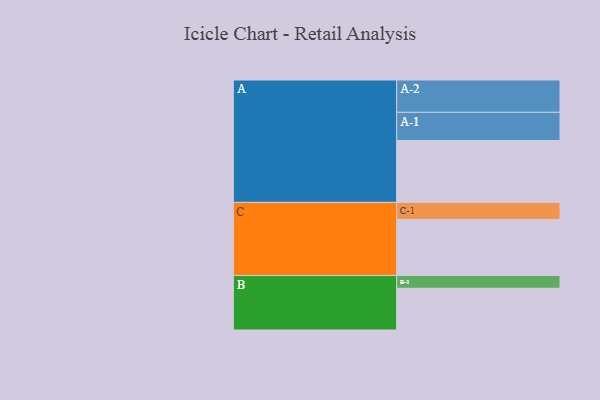
{"axis": {"x": "Segment", "y": "Value"}, "legend": ["", "A", "B", "C"], "data": [{"x": "A", "y": 532, "type": ""}, {"x": "B", "y": 359, "type": ""}, {"x": "C", "y": 482, "type": ""}, {"x": "A-1", "y": 243, "type": "A"}, {"x": "A-2", "y": 278, "type": "A"}, {"x": "B-1", "y": 110, "type": "B"}, {"x": "C-1", "y": 147, "type": "C"}]}